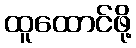
ထူထောင်ဖို့